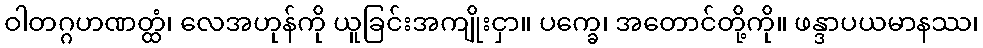
ဝါတဂ္ဂဟဏတ္ထံ၊ လေအဟုန်ကို ယူခြင်းအကျိုးငှာ။ ပက္ခေ၊ အတောင်တို့ကို။ ဖန္ဒာပယမာနဿ၊